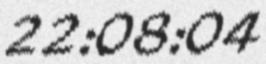
22:08:04